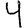
Digit: 4